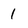
Character: 1